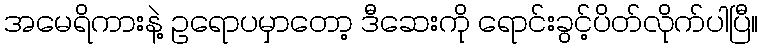
အမေရိကားနဲ့ ဥရောပမှာတော့ ဒီဆေးကို ရောင်းခွင့်ပိတ်လိုက်ပါပြီ။